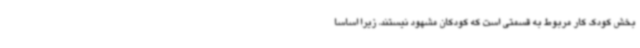
بخش کودک کار مربوط به قسمتی است که کودکان مشهود نیستند، زیرا اساساً